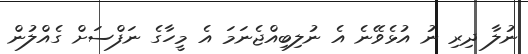
ނުލާ ދިރި ނު އުޅެވޭނެ އެ ނުލިބިއްޖެނަމަ އެ މީހާގެ ނަފްސަށް ގެއްލުން